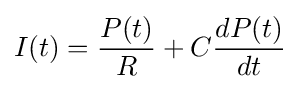
I(t)={P(t) \over R}+C{dP(t) \over dt}